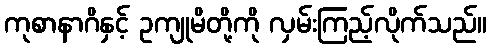
ကုစာနာဂိနှင့် ဥကျုမိတို့ကို လှမ်းကြည့်လိုက်သည်။